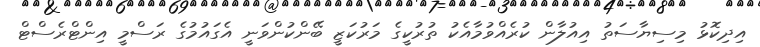
އިދިކޮޅު މިސިޔާސަތު އިއުލާން ކުރެއްވުމާއެކު ތުރުކީގެ މަރުކަޒީ ބޭންކުންވަނީ އެގައުމުގެ ރަސްމީ އިންޓްރެސްޓް